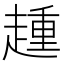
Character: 𧼩